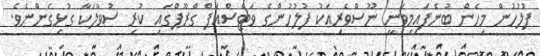
ފުލުހުން މިހެން ބުނެފައިމިވަނީ ނޫސްވެރިއަކު ފުލުހުންގެ ވަޓްސްއަޕް ގްރޫޕްގައި ކުރި ސުވާލަކާ ގުޅިގެންނެވެ.